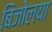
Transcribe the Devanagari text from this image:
बिजोलया